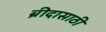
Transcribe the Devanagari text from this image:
ब्रीदासाठी